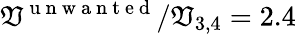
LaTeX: \mathfrak{V}^{\mathrm{{~u~n~w~a~n~t~e~d~}}}/\mathfrak{V}_{3,4}=2.4